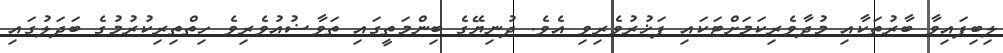
ލިބިފައިވާ ބާރުތަކާއި މުދާވެރިކަމަށްޓަކައި ފަޚުރުވެރިވި އެވެ. ދުނިޔޭގެ ބިންމަތީގައި ތަވާޟުޢުވެރިވެ ހިތްތިރިކުރުމުގެ ބަދަލުގައި